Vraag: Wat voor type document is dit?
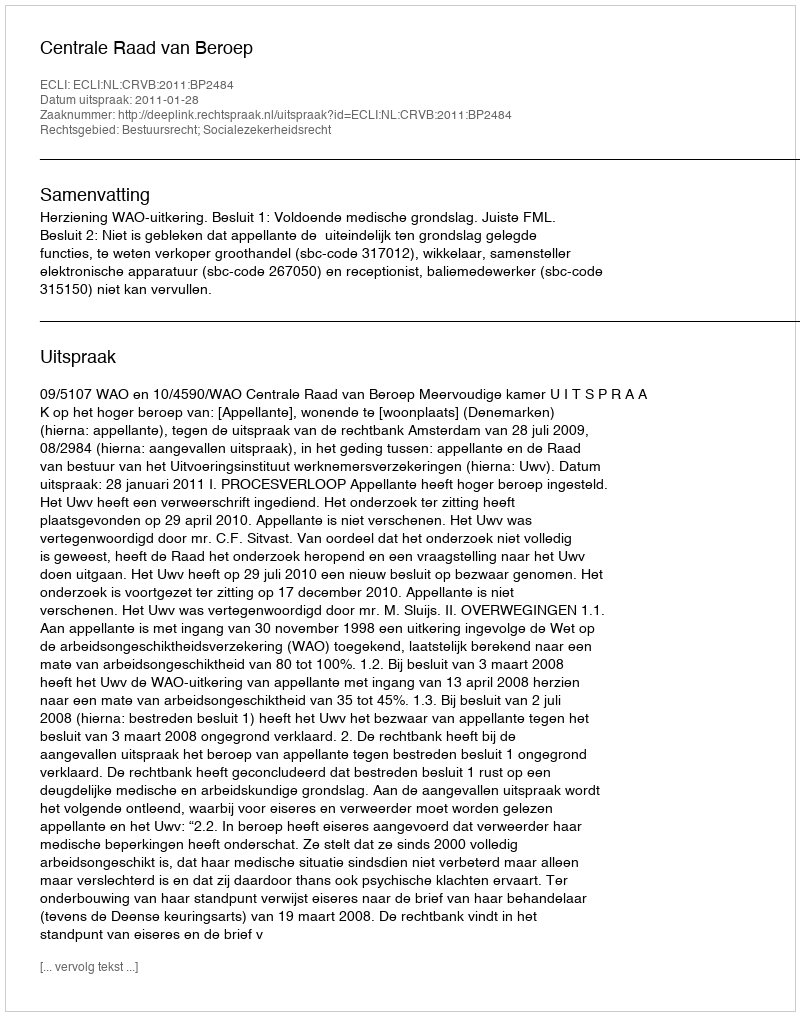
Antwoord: Uitspraak